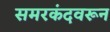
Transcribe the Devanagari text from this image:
समरकंदवरून